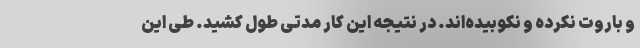
و باروت نکرده و نکوبیده‌اند. در نتیجه این کار مدتی طول کشید. طی این